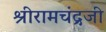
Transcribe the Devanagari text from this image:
श्रीरामचंद्रजी